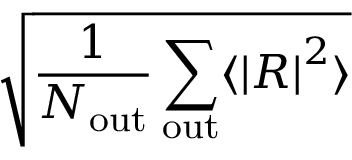
\sqrt { \frac { 1 } { N _ { \mathrm { o u t } } } \sum _ { \mathrm { o u t } } \langle \left| R \right| ^ { 2 } \rangle }